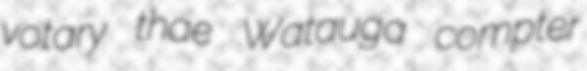
votary thae Watauga compter